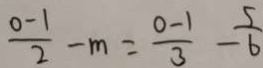
\frac { 0 - 1 } { 2 } - m = \frac { 0 - 1 } { 3 } - \frac { 5 } { 6 }